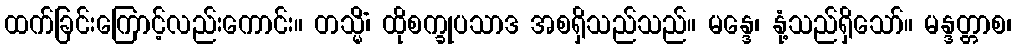
ထက်ခြင်းကြောင့်လည်းကောင်း။ တသ္မိံ၊ ထိုစက္ခုပသာဒ အစရှိသည်သည်။ မန္ဒေ၊ နုံ့သည်ရှိသော်။ မန္ဒတ္တာစ၊